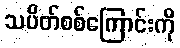
သပိတ်စစ်ကြောင်းကို